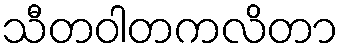
သီတဝါတကလိတာ